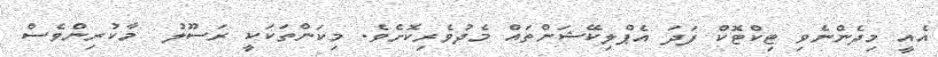
އެއީ މިދެންނެވި ޓިކްޓޮކް ފަދަ އެޕްލިކޭޝަންތައް މެދުވެރިކޮށެވެ. މިކަންތަކަކީ ރަސޫލު  މާކުރިންވެސް